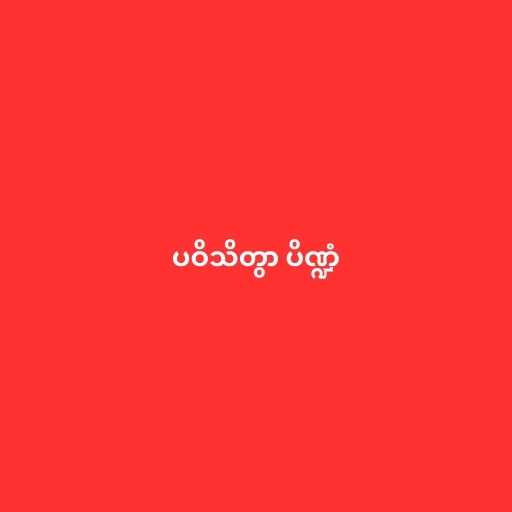
ပဝိသိတွာ ပိဏ္ဍံ